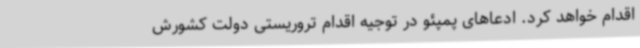
اقدام خواهد کرد. ادعاهای پمپئو در توجیه اقدام تروریستی دولت کشورش